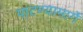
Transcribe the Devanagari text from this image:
पाटण्यामार्गे